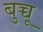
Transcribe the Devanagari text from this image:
बुच्चू